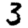
Digit: 3